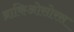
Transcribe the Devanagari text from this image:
ब्राकिओसोरस